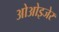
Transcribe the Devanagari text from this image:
ओओइजेर